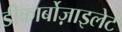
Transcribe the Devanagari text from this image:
डीकार्बोज़ाइलेट